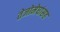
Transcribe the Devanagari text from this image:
तेजोमेघांसह